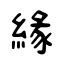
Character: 緣